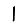
Digit: 1